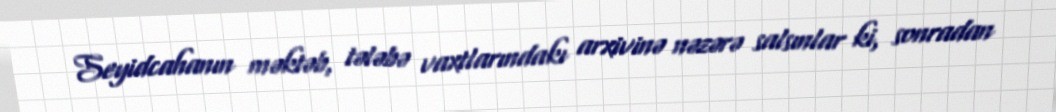
Seyidcahanın məktəb, tələbə vaxtlarındakı arxivinə nəzərə salsınlar ki, sonradan